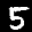
Label: 5